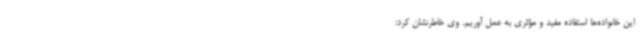
این خانواده‌ها استفاده مفید و مؤثری به عمل آوریم. وی خاطرنشان کرد: